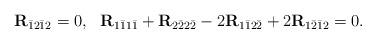
LaTeX: \begin{align*}\mathbf{R}_{\bar{1}2\bar{1}2}=0,~~\mathbf{R}_{1\bar{1}1\bar{1}}+\mathbf{R}_{2\bar{2}2\bar{2}}-2\mathbf{R}_{1\bar{1}2\bar{2}}+2\mathbf{R}_{1\bar{2}\bar{1}2}=0.\end{align*}